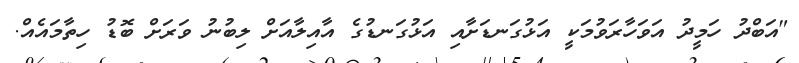
"އަބްދު ހަމީދު އަވަހާރަވުމަކީ އަޅުގަނޑަށާއި އަޅުގަނޑުގެ އާއިލާއަށް ލިބުނު ވަރަށް ބޮޑު ހިތާމައެއް.